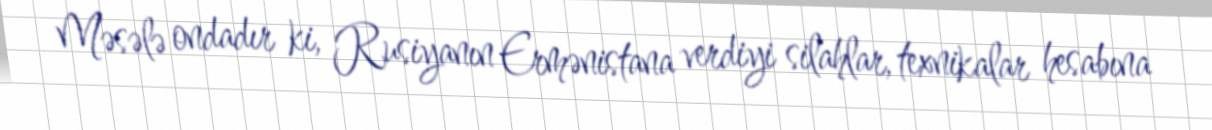
Məsələ ondadır ki, Rusiyanın Ermənistana verdiyi silahlar, texnikalar hesabına